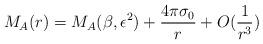
LaTeX: \begin{align*} M_A(r)=M_A(\beta, \epsilon^2)+\frac{4\pi\sigma_0}{r}+O(\frac{1}{r^3})\end{align*}